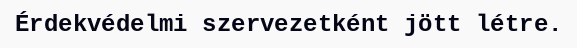
Érdekvédelmi szervezetként jött létre.